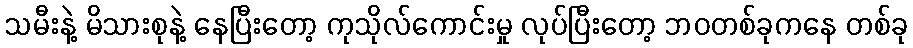
သမီးနဲ့ မိသားစုနဲ့ နေပြီးတော့ ကုသိုလ်ကောင်းမှု လုပ်ပြီးတော့ ဘဝတစ်ခုကနေ တစ်ခု